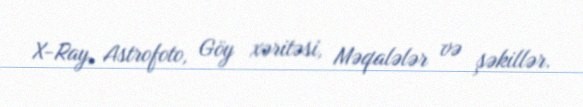
X-Ray, Astrofoto, Göy xəritəsi, Məqalələr və şəkillər.